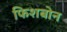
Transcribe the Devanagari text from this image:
फिशबोन